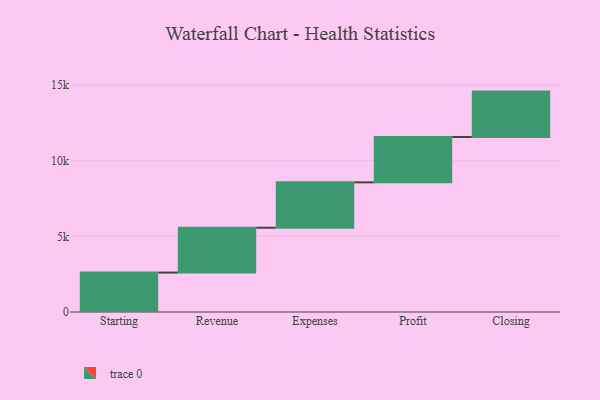
{"axis": {"x": "Step", "y": "Value"}, "legend": [""], "data": [{"x": "Starting", "y": 2605.0, "type": ""}, {"x": "Revenue", "y": 2965.0, "type": ""}, {"x": "Expenses", "y": 3000, "type": ""}, {"x": "Profit", "y": 3000, "type": ""}, {"x": "Closing", "y": 3000, "type": ""}]}